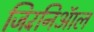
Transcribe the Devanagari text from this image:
जिरॅनिऑल